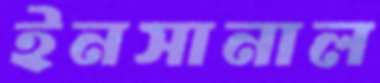
ইনসানাল